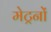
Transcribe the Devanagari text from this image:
मेट्रनों